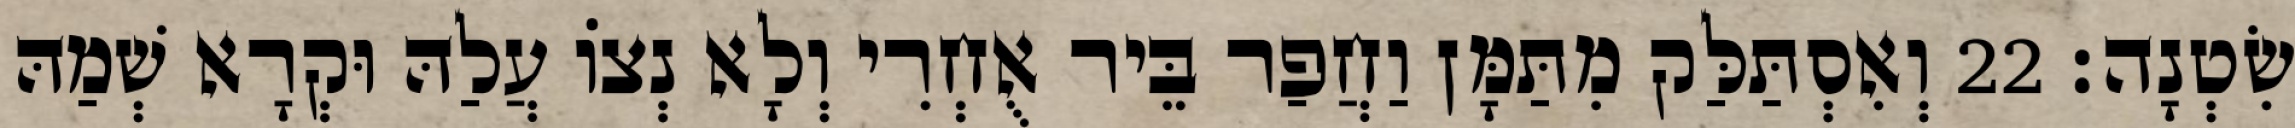
שִׂטְנָה׃ 22 וְאִסְתַּלַּק מִתַּמָּן וַחֲפַר בֵּיר אֻחְרִי וְלָא נְצוֹ עֲלַהּ וּקְרָא שְׁמַהּ